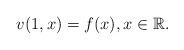
LaTeX: \begin{align*} v(1,x)=f(x),x\in\mathbb R.\end{align*}